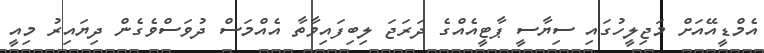
އެމްޑީއޭއަށް މަޖިލީހުގައި ސިޔާސީ ޕާޓީއެއްގެ ދަރަޖަ ލިބިފައިވާތާ އެއްމަސް ދުވަސްވެގެން ދިޔައިރު މިއީ